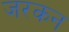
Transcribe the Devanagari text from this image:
जरकन